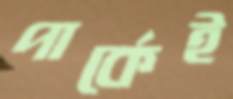
পার্কেই